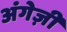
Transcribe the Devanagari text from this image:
अंगेज़ी